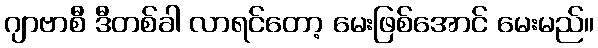
ဂျာဗာစီ ဒီတစ်ခါ လာရင်တော့ မေးဖြစ်အောင် မေးမည်။